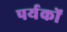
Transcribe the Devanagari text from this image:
पर्यकों